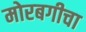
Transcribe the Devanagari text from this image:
मोरबगीचा